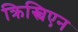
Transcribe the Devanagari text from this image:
क्रिस्चिएन